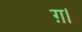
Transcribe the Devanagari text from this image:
ग़।